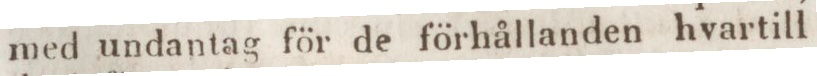
med undantag för de förhållanden hvartill